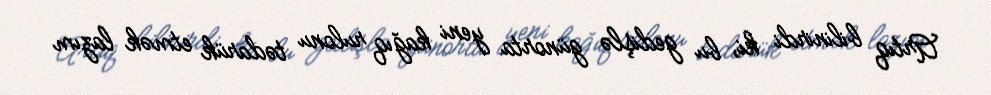
Artıq bilinirdi ki, bu gedişlə günorta yeni kağıq rulonu tədarük etmək lazım